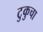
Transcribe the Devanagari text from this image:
टुकुचा